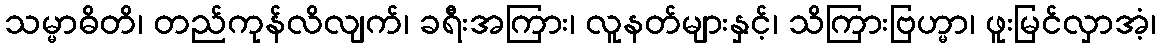
သမ္မာဓိတိ၊ တည်ကုန်လိလျက်၊ ခရီးအကြား၊ လူနတ်များနှင့်၊ သိကြားဗြဟ္မာ၊ ဖူးမြင်လှာအံ့၊